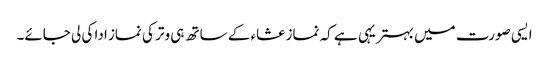
ایسی صورت میں بہتریہی ہے کہ نماز عشاء کے ساتھ ہی وتر کی نماز ادا کی لی جائے۔